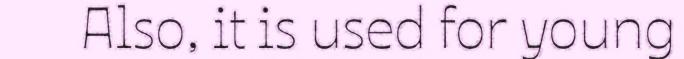
Also, it is used for young